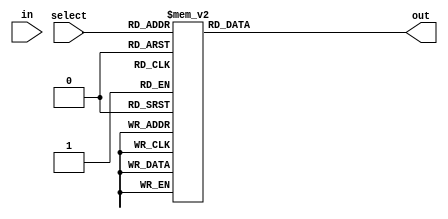
module demux_1to8 (
    input wire in,
    input wire [2:0] select,
    output reg [7:0] out
);

always @ (select) begin
    case (select)
        3'b000: out = 8'b00000001;
        3'b001: out = 8'b00000010;
        3'b010: out = 8'b00000100;
        3'b011: out = 8'b00001000;
        3'b100: out = 8'b00010000;
        3'b101: out = 8'b00100000;
        3'b110: out = 8'b01000000;
        3'b111: out = 8'b10000000;
    endcase
end

endmodule